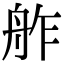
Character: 舴